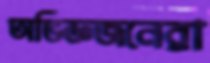
অভিজ্ঞজনেরা